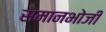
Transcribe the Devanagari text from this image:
समानभोजी